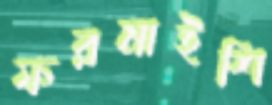
ফরমাইশি